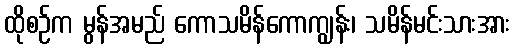
ထိုစဉ်က မွန်အမည် ကောသမိန်ကောကျွန်း၊ သမိန်မင်းသားအား